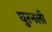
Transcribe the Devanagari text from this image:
घुरनली